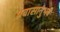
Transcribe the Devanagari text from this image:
प्रवासानुभव